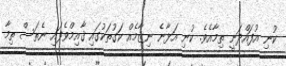
ކުނި އުފައްދަނީ ތިމާއެވެ. ކުނި އަޅާނެ ނިޒާމެއް ކަގުތަކުގައި ޤާއިމްވެފައި ނެތަސް ތިމާ